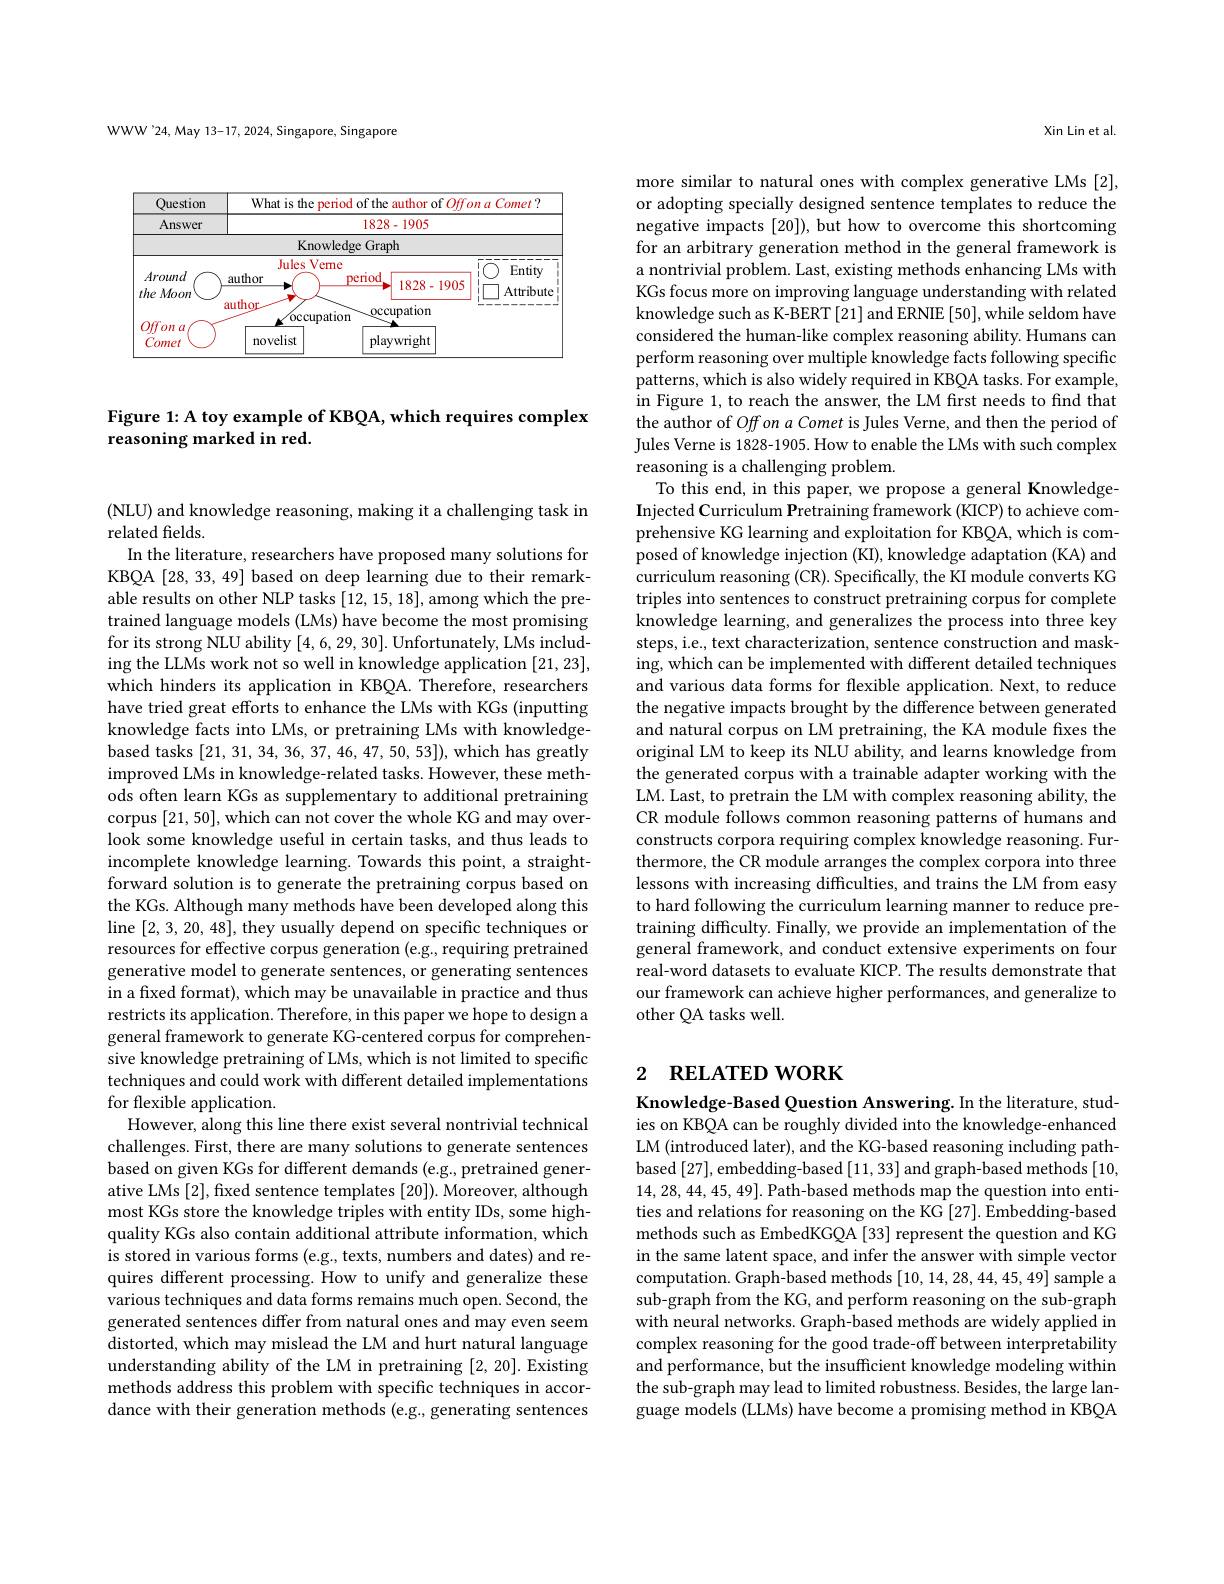
WWW'24,May 13-17, 2024, Singapore, Singapore

<FigureHere>

Figure 1: A toy example of KBQA, which requires complex
## reasoning marked in red.

(NLU) and knowledge reasoning, making it a challenging task in
related fields.
In the literature, researchers have proposed many solutions for KBQA [28,33,49] based on deep learning due to their remarkable results on other NLP tasks [12,15,18],among which the pretrained language models (LMs) have become the most promising for its strong NLU ability [4,6,29,30]. Unfortunately, LMs including the LLMs work not so well in knowledge application [21,23], which hinders its application in KBQA. Therefore, researchers have tried great efforts to enhance the LMs with KGs (inputting knowledge facts into LMs, or pretraining LMs with knowledgebased tasks [21,31,34,36,37,46,47,50,53]), which has greatly improved LMs in knowledge-related tasks. However, these methods often learn KGs as supplementary to additional pretraining corpus [21,50], which can not cover the whole KG and may overlook some knowledge useful in certain tasks, and thus leads to incomplete knowledge learning. Towards this point, a straightforward solution is to generate the pretraining corpus based on the KGs. Although many methods have been developed along this line [2,3,20,48], they usually depend on specific techniques or resources for effective corpus generation (e.g., requiring pretrained generative model to generate sentences, or generating sentences in a fixed format), which may be unavailable in practice and thus restricts its application. Therefore, in this paper we hope to design a general framework to generate KG-centered corpus for comprehensive knowledge pretraining of LMs, which is not limited to specific techniques and could work with different detailed implementations for flexible application.
However, along this line there exist several nontrivial technical challenges. First, there are many solutions to generate sentences based on given KGs for different demands (e.g., pretrained generative LMs [2], fixed sentence templates [20]). Moreover, although most KGs store the knowledge triples with entity IDs, some highquality KGs also contain additional attribute information, which is stored in various forms (e.g., texts, numbers and dates) and requires different processing. How to unify and generalize these various techniques and data forms remains much open. Second, the generated sentences differ from natural ones and may even seem distorted, which may mislead the LM and hurt natural language understanding ability of the LM in pretraining [2,20]. Existing methods address this problem with specific techniques in accordance with their generation methods (e.g., generating sentences

Xin Lin et al.

more similar to natural ones with complex generative LMs [2], or adopting specially designed sentence templates to reduce the negative impacts [20]), but how to overcome this shortcoming for an arbitrary generation method in the general framework is a nontrivial problem. Last, existing methods enhancing LMs with KGs focus more on improving language understanding with related knowledge such as K-BERT [21] and ERNIE [50], while seldom have considered the human-like complex reasoning ability. Humans can perform reasoning over multiple knowledge facts following specific patterns, which is also widely required in KBQA tasks. For example, in Figure 1, to reach the answer, the LM first needs to find that the author of $Offon\textit{a Comet is Jules Verne, and then the period of}$ Jules Verne is 1828-1905. How to enable the LMs with such complex reasoning is a challenging problem.
To this end, in this paper, we propose a general KnowledgeInjected Curriculum Pretraining framework (KICP) to achieve comprehensive KG learning and exploitation for KBQA, which is composed of knowledge injection (KI), knowledge adaptation (KA) and curriculum reasoning (CR). Specifically, the KI module converts KG triples into sentences to construct pretraining corpus for complete knowledge learning, and generalizes the process into three key steps, i.e., text characterization, sentence construction and masking, which can be implemented with different detailed techniques and various data forms for flexible application. Next, to reduce the negative impacts brought by the difference between generated and natural corpus on LM pretraining, the KA module fixes the original LM to keep its NLU ability, and learns knowledge from the generated corpus with a trainable adapter working with the LM. Last, to pretrain the LM with complex reasoning ability, the CR module follows common reasoning patterns of humans and constructs corpora requiring complex knowledge reasoning. Furthermore, the CR module arranges the complex corpora into three lessons with increasing difficulties, and trains the LM from easy to hard following the curriculum learning manner to reduce pretraining difficulty. Finally, we provide an implementation of the general framework, and conduct extensive experiments on four real-word datasets to evaluate KICP. The results demonstrate that our framework can achieve higher performances, and generalize to other QA tasks well.

# 2 RELATED WORK

Knowledge-Based Question Answering. In the literature, studies on KBQA can be roughly divided into the knowledge-enhanced LM (introduced later), and the KG-based reasoning including pathbased [27],embedding-based [11,33] and graph-based methods [10, 14,28,44,45,49]. Path-based methods map the question into entities and relations for reasoning on the KG [27]. Embedding-based methods such as EmbedKGQA [33] represent the question and KG in the same latent space, and infer the answer with simple vector computation. Graph-based methods [10,14,28,44,45,49] sample a sub-graph from the KG, and perform reasoning on the sub-graph with neural networks. Graph-based methods are widely applied in complex reasoning for the good trade-off between interpretability and performance, but the insufficient knowledge modeling within the sub-graph may lead to limited robustness. Besides, the large language models (LLMs) have become a promising method in KBQA